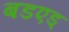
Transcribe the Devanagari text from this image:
बडएड्